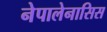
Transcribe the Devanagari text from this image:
नेपालेनासिस